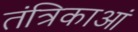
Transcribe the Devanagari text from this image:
तंत्रिकाआं